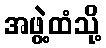
အဖွဲ့ထံသို့